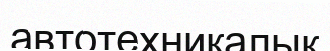
автотехникалық